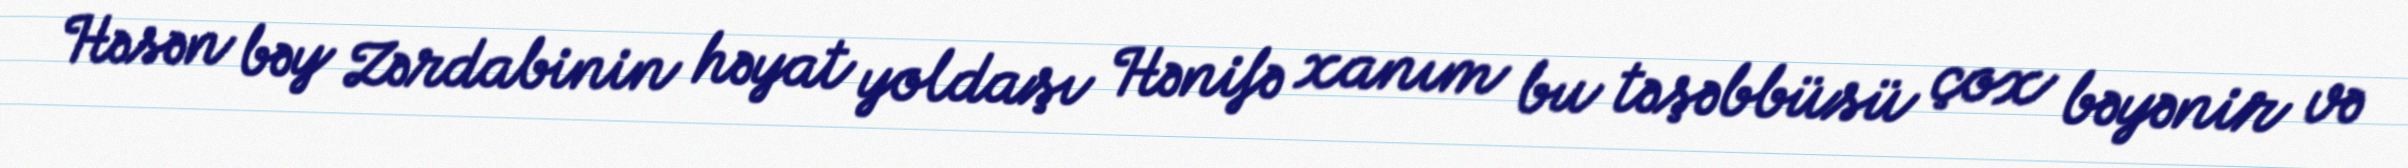
Həsən bəy Zərdabinin həyat yoldaşı Hənifə xanım bu təşəbbüsü çox bəyənir və